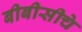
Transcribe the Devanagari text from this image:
बीबीसीचे